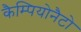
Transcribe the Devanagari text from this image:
कैम्पियोनैटो